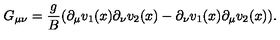
G _ { \mu \nu } = \frac { g } { B } ( \partial _ { \mu } v _ { 1 } ( x ) \partial _ { \nu } v _ { 2 } ( x ) - \partial _ { \nu } v _ { 1 } ( x ) \partial _ { \mu } v _ { 2 } ( x ) ) .